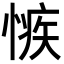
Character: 愱